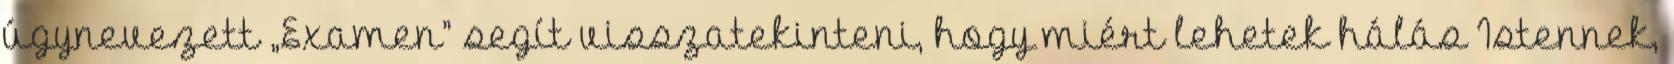
úgynevezett „Examen” segít visszatekinteni, hogy miért lehetek hálás Istennek,